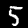
Label: 5